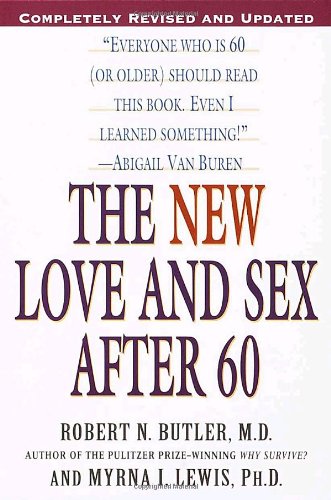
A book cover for The New Love and Sex After 60; Robert N. Butler; Politics & Social Sciences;